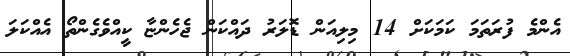
އެންމެ ފުރަތަމަ ކަމަކަށް 14 މިލިއަން ޑޮލަރު ދައްކަން ޖެހެންޏާ ކީއްވެގެންތޯ އެއްކަލަ